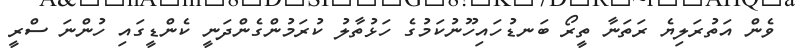
ވެން އަތުރަލިޔެ ރަތަނާ ތީރޯ ބަނޑުހައިހޫނުކަމުގެ ހަޅުތާލު ކުރަމުންގެންދަނީ ކެންޑީގައި ހުންނަ ސްރީ